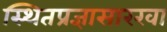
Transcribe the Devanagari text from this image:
स्थितप्रज्ञासारखा